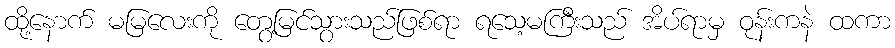
ထို့နောက် မမြလေးကို တွေ့မြင်သွားသည်ဖြစ်ရာ ရသေ့မကြီးသည် အိပ်ရာမှ ဝုန်းကနဲ ထကာ